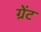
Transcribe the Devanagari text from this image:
ग्रेंट